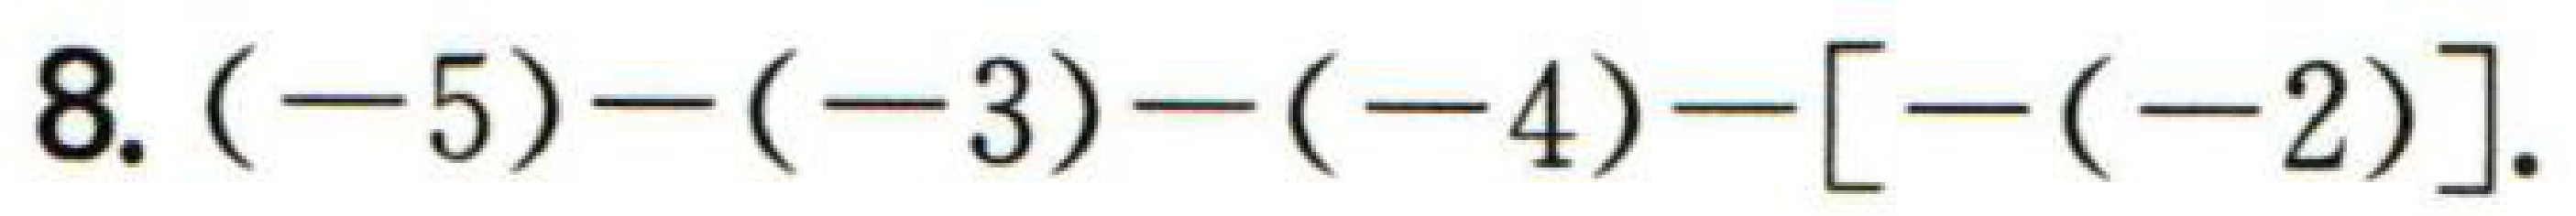
$8.(-5)-(-3)-(-4)-[-(-2)]$.